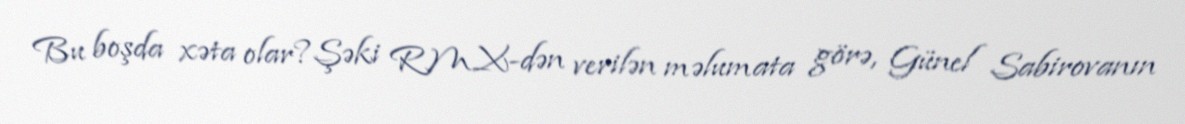
Bu boşda xəta olar?Şəki RMX-dən verilən məlumata görə, Günel Sabirovanın